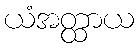
ယံအတ္ထာယ